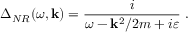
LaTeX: \Delta _ { N R } ( \omega , { \bf k } ) = \frac i { \omega - { \bf k } ^ { 2 } / 2 m + i \varepsilon } \; .